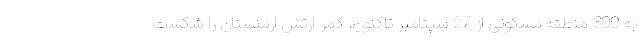
به 300 منطقه مسکونی از 27 سپتامبر تاکنون، کمر ارتش ارمنستان را شکست